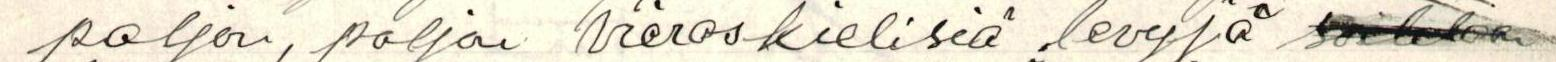
paljon, paljon vieraskielisiä levyjä soitetaan